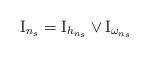
\begin{align*} \mathrm{I}_{n_s} = \mathrm{I}_{h_{n_s}} \lor \mathrm{I}_{\omega_{n_s}}\end{align*}